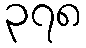
၃၇၈